Lunatic asylums United Provinces 1909-1921 - 1909-1921
Year: 1909
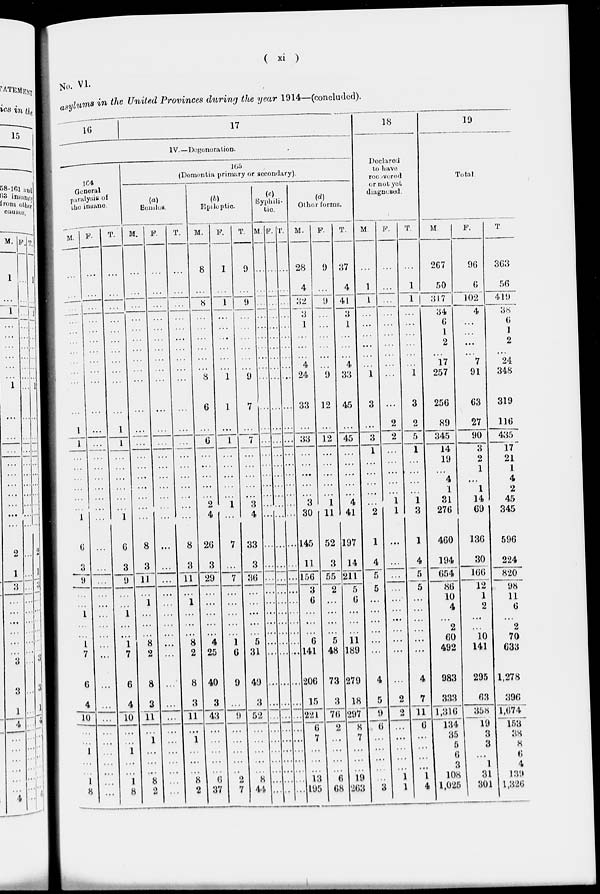
( xi )
No. VI.
asylums in the United Provinces during the year 1914—(concluded).
16
17
IV.—Degeneration.
164
General
paralysis of
the insane.
M.
...
...
...
...
...
...
...
...
...
...
...
1
1
...
...
...
...
...
...
1
6
3
9
...
...
1
...
...
1
7
6
4
10
...
...
1
...
...
1
8
F.
...
...
...
...
...
...
...
...
...
...
...
...
...
...
...
...
...
...
...
...
...
...
...
...
...
...
...
...
...
...
...
...
...
...
...
...
...
...
...
...
T.
...
...
...
...
...
...
...
...
...
...
...
1
1
...
...
...
...
...
...
1
6
3
9
...
...
1
...
...
1
7
6
4
10
...
...
1
...
...
1
8
165
(Dementia primary or secondary).
(a)
Semles.
M.
...
...
...
...
...
......
...
...
...
...
...
...
...
...
...
...
...
...
...
...
8
3
11
...
1
...
...
...
8
2
8
3
11
...
1
...
...
...
8
2
F.
...
...
...
...
...
...
...
...
...
...
...
...
...
...
...
...
...
...
...
...
...
...
...
...
...
...
...
...
...
...
...
...
...
...
...
...
...
...
...
...
T.
...
...
...
...
...
...
...
...
...
...
...
...
...
...
...
...
...
...
...
...
8
3
11
...
1
...
...
...
8
2
8
3
11
...
1
...
...
...
8
2
(b)
Epileptic.
M.
8
...
8
...
...
...
...
...
...
8
6
...
6
...
...
...
...
...
2
4
26
3
29
...
...
...
...
...
4
25
40
3
43
...
...
...
...
...
6
37
F.
1
...
1
...
...
...
...
...
...
1
1
...
1
...
...
...
...
...
1
...
7
...
7
...
...
...
...
...
1
6
9
...
9
...
...
...
...
...
2
7
T.
9
...
9
...
...
...
...
...
...
9
7
...
7
...
...
...
...
...
3
4
33
3
36
...
...
...
...
...
5
31
49
3
52
...
...
...
...
...
8
44
(c)
Syphili-
tic.
M.
...
...
...
...
...
...
...
...
...
...
...
...
...
...
...
...
...
...
...
...
...
...
...
...
...
...
...
...
...
...
...
...
...
...
...
...
...
...
...
...
F.
...
...
...
...
...
...
...
...
...
...
...
...
...
..
...
...
...
...
...
...
...
...
...
...
...
...
...
...
...
...
...
...
...
...
...
...
...
...
...
...
T.
...
...
...
...
...
...
...
...
...
...
...
...
...
...
...
...
...
...
...
...
...
...
...
...
...
...
...
...
...
...
...
...
...
...
...
...
...
...
...
...
(d)
Other forms.
M.
28
4
32
3
1
...
...
...
4
24
33
...
33
...
...
...
...
...
3
30
145
11
156
3
6
...
...
...
6
141
206
15
221
6
7
...
...
...
13
195
F.
9
...
9
...
...
...
...
...
...
9
12
...
12
...
...
...
...
...
1
11
52
3
55
2
...
...
...
...
5
48
73
3
76
2
...
...
...
...
6
68
T.
37
4
41
3
1
...
...
...
4
33
45
...
45
...
...
...
...
...
4
41
197
14
211
5
6
...
...
...
11
189
279
18
297
8
7
...
...
...
19
263
18
Declared
to have
recevered
or not yet
diagnesed.
M.
...
1
1
...
...
...
...
...
...
1
3
...
3
1
...
...
...
...
2
1
4
5
5
...
...
...
...
...
...
4
5
9
6
...
...
...
...
...
3
F.
...
...
...
...
...
...
...
...
...
...
...
2
2
...
...
...
...
...
1
1
...
...
...
...
...
...
...
...
...
...
2
2
...
...
...
...
...
1
1
T.
...
1
1
...
...
...
...
...
...
1
3
2
5
1
...
...
...
...
1
3
1
4
5
5
...
...
...
...
...
...
4
7
11
6
...
...
...
...
1
4
19
Total.
M.
267
50
317
34
6
1
2
...
17
257
256
89
345
14
19
...
4
1
31
276
460
194
654
86
10
4
...
2
60
492
983
333
1,316
134
35
5
6
3
108
1,025
F.
96
6
102
4
...
...
...
...
7
91
63
27
90
3
2
1
...
1
14
69
136
30
166
12
1
2
...
...
10
141
295
63
358
19
3
3
...
1
31
301
T.
363
56
419
38
6
1
2
...
24
348
319
116
435
17
21
I
4
2
45
345
596
224
820
98
11
6
...
2
70
633
1,278
396
1,674
153
38
8
6
4
139
1,326